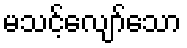
မသင့်လျော်သော